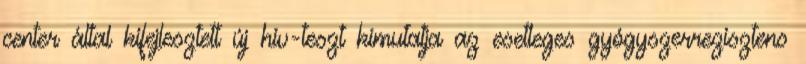
center által kifejlesztett új hiv-teszt kimutatja az esetleges gyógyszerrezisztens